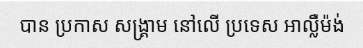
បាន ប្រកាស សង្គ្រាម នៅលើ ប្រទេស អាល្លឺម៉ង់